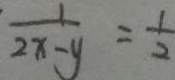
\frac { 1 } { 2 x - y } = \frac { 1 } { 2 }